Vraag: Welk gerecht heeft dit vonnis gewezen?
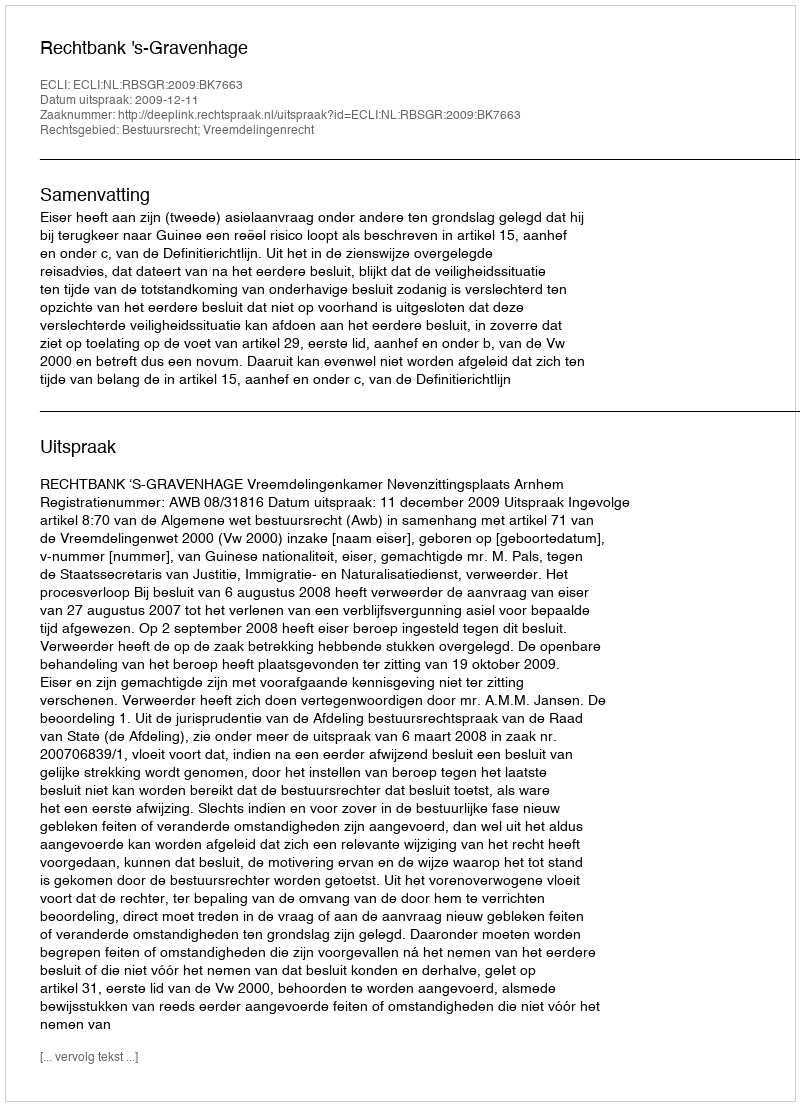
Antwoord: Rechtbank 's-Gravenhage